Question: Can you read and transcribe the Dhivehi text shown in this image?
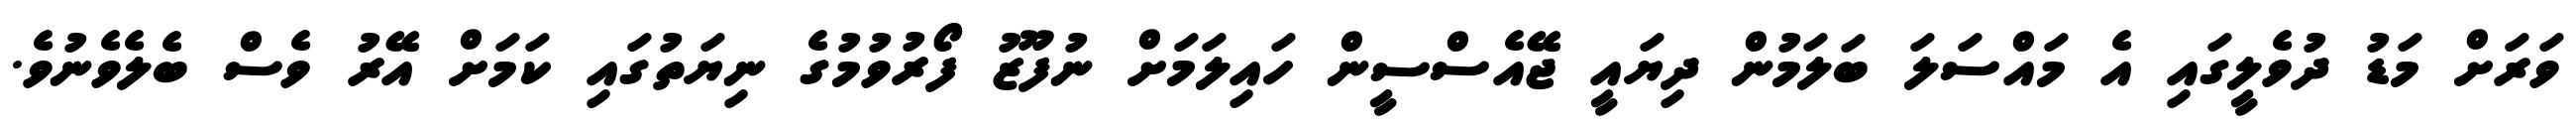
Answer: ވަރަށް މަޑު ދުވެލީގައި އެ މައްސަލަ ބަލަމުން ދިޔައީ ޖޭއެސްސީން ހައިލަމަށް ނުފޫޒު ފޯރުވުމުގެ ނިޔަތުގައި ކަމަށް އޭރު ވެސް ބެލެވެނުވެ.